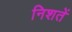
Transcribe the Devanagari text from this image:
निशतें